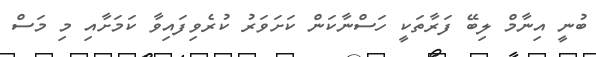
ބުނީ އިނާމް ލިބޭ ފަރާތަކީ ހަސްނާކަން ކަށަވަރު ކުރެވިފައިވާ ކަމަށާއި މި މަސް